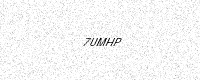
Text: 7UMHP